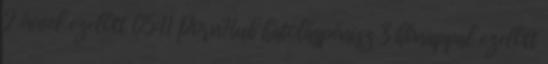
2 évvel ezelőtt 05:11 PornHub hatoláspénisz 3 hónappal ezelőtt